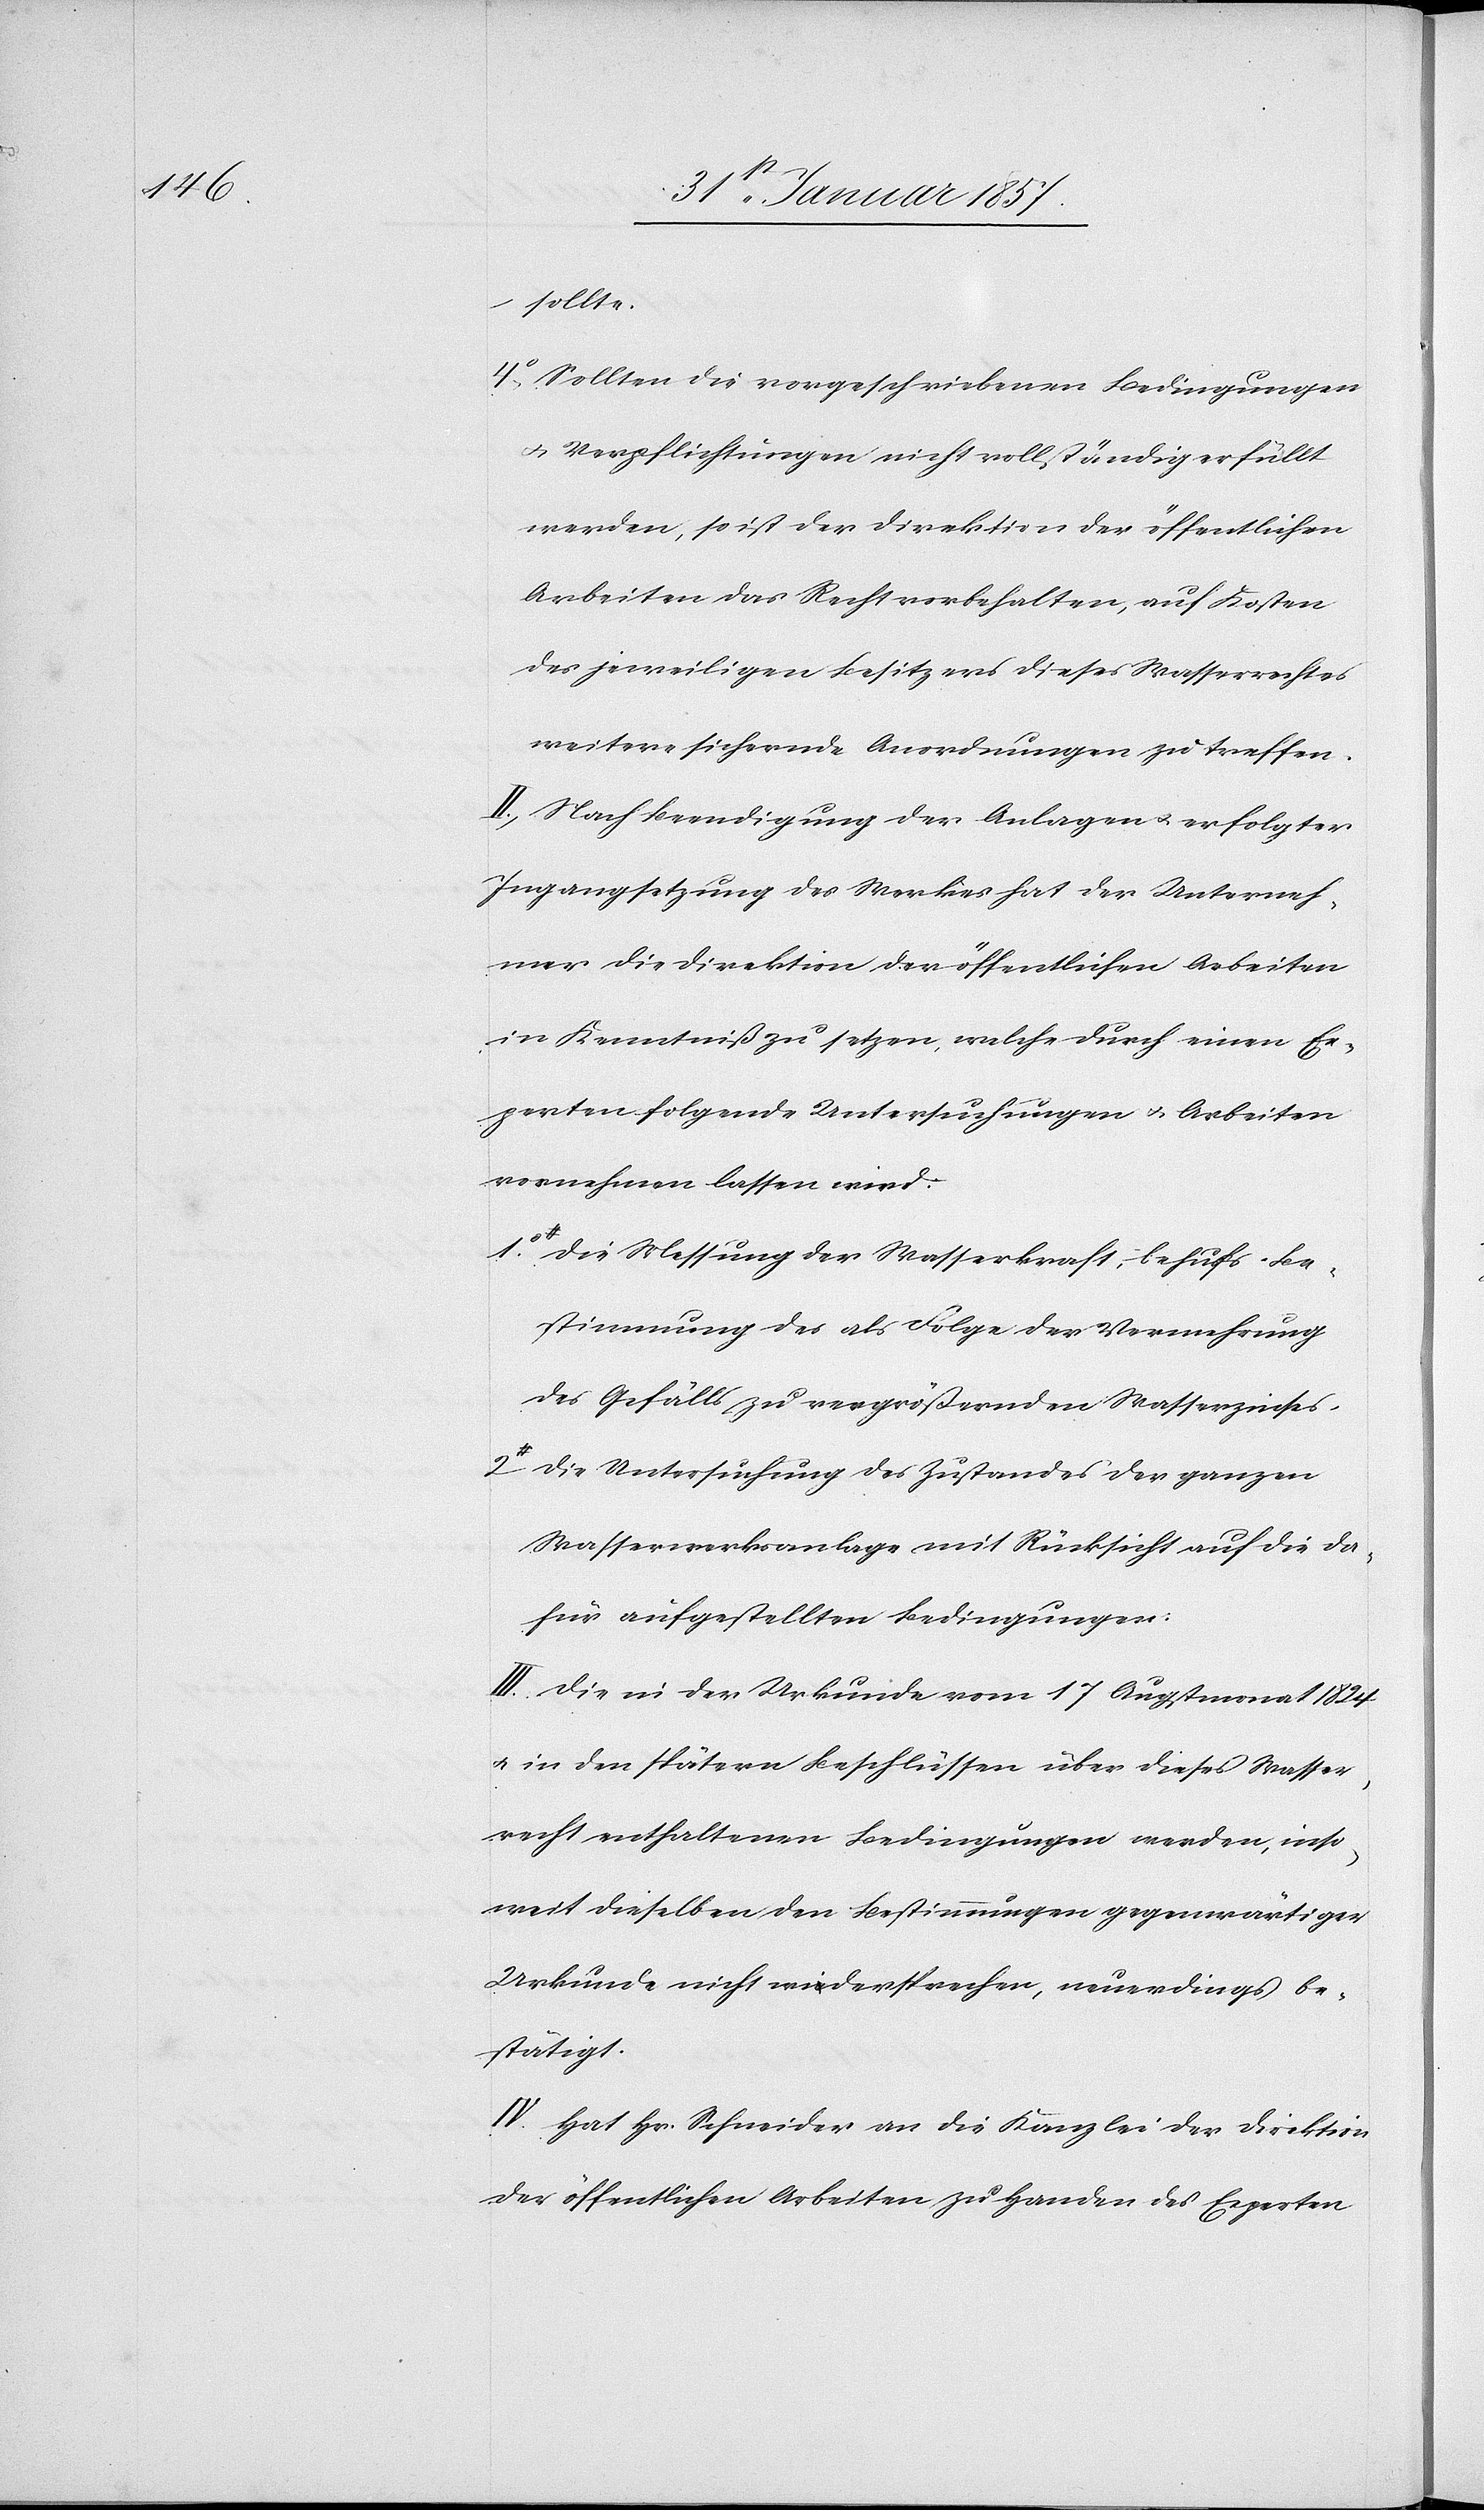
sollte.
4. Sollten die vorgeschriebenen Bedingungen
& Verpflichtungen nicht vollständig erfüllt
werden, so ist der Direktion der öffentlichen
Arbeiten das Recht vorbehalten, auf Kosten
des jeweiligen Besitzers dieses Wasserrechtes
weitere sichernde Anordnungen zu treffen.
II. Nach Beendigung der Anlagen u. erfolgter
Ingangsetzung des Werkes hat der Unterneh¬
mer die Direktion der öffentlichen Arbeiten
in Kenntniß zu setzen, welche durch einen Ex¬
perten folgende Untersuchungen & Arbeiten
vornehmen lassen wird.
1. Die Messung der Wasserkraft, behufs Be¬
stimmung des als Folge der Vermehrung
des Gefälls zu vergrößernden Wasserzinses.
2 Die Untersuchung des Zustandes der ganzen
Wasserwerksanlage mit Rücksicht auf die da¬
für aufgestellten Bedingungen:
III. Die in der Urkunde vom 17 Augustmonat 1824
u. in den spätern Beschlüssen über dieses Wasser¬
recht enthaltenen Bedingungen werden inso¬
weit dieselben den Bestimmungen gegenwärtiger
Urkunde nicht widersprechen, neuerdings be¬
stätigt.
IV. Hat Hr. Schneider an die Kanzlei der Direktion
der öffentlichen Arbeiten zu Handen des Experten